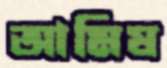
আমিষ